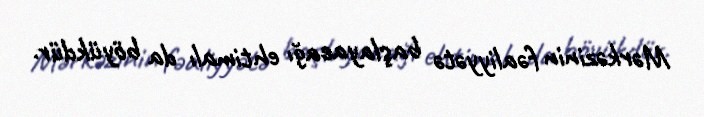
Mərkəzinin fəaliyyətə başlayacağı ehtimalı da böyükdür.